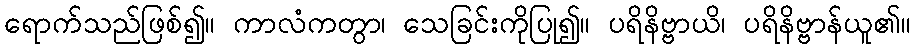
ရောက်သည်ဖြစ်၍။ ကာလံကတွာ၊ သေခြင်းကိုပြု၍။ ပရိနိဗ္ဗာယိ၊ ပရိနိဗ္ဗာန်ယူ၏။